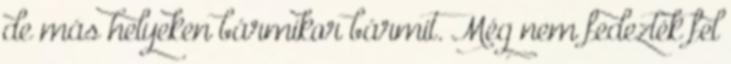
de más helyeken bármikor bármit. Még nem fedezték fel